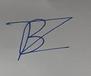
Signature authenticity: forged